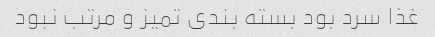
غذا سرد بود بسته بندی تمیز و مرتب نبود